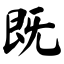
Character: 既